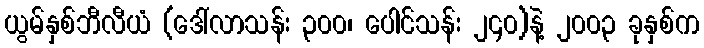
ယွမ်နှစ်ဘီလီယံ (ဒေါ်လာသန်း ၃၀၀၊ ပေါင်သန်း ၂၄၀)နဲ့ ၂၀၀၃ ခုနှစ်က